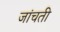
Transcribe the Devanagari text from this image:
जांचती